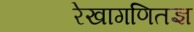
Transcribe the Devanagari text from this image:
रेखागणितज्ञ